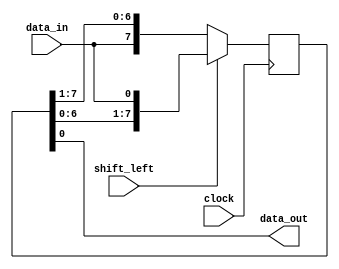
module shift_register(
    input wire data_in,
    input wire clock,
    input wire shift_left,
    output reg data_out
);

reg [7:0] register;

always @(posedge clock) begin
    if(shift_left) begin
        register <= {register[6:0], data_in};
    end else begin
        register <= {data_in, register[7:1]};
    end
end

assign data_out = register[0];

endmodule